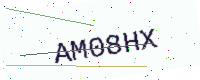
Text: AM08HX